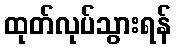
ထုတ်လုပ်သွားရန်